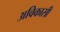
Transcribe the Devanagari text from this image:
अविकासी